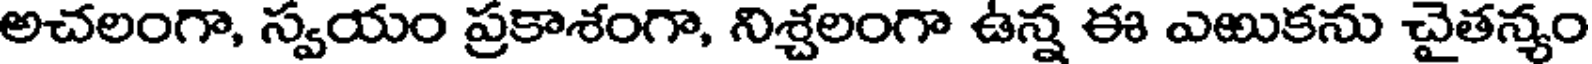
అచలంగా, స్వయం ప్రకాశంగా, నిశ్చలంగా ఉన్న ఈ ఎఱుకను చైతన్యం